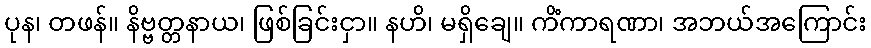
ပုန၊ တဖန်။ နိဗ္ဗတ္တနာယ၊ ဖြစ်ခြင်းငှာ။ နဟိ၊ မရှိချေ။ ကိံကာရဏာ၊ အဘယ်အကြောင်း